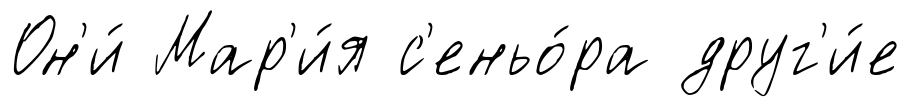
Он'и́ Мар'и́я с'еньо́ра друг'и́е